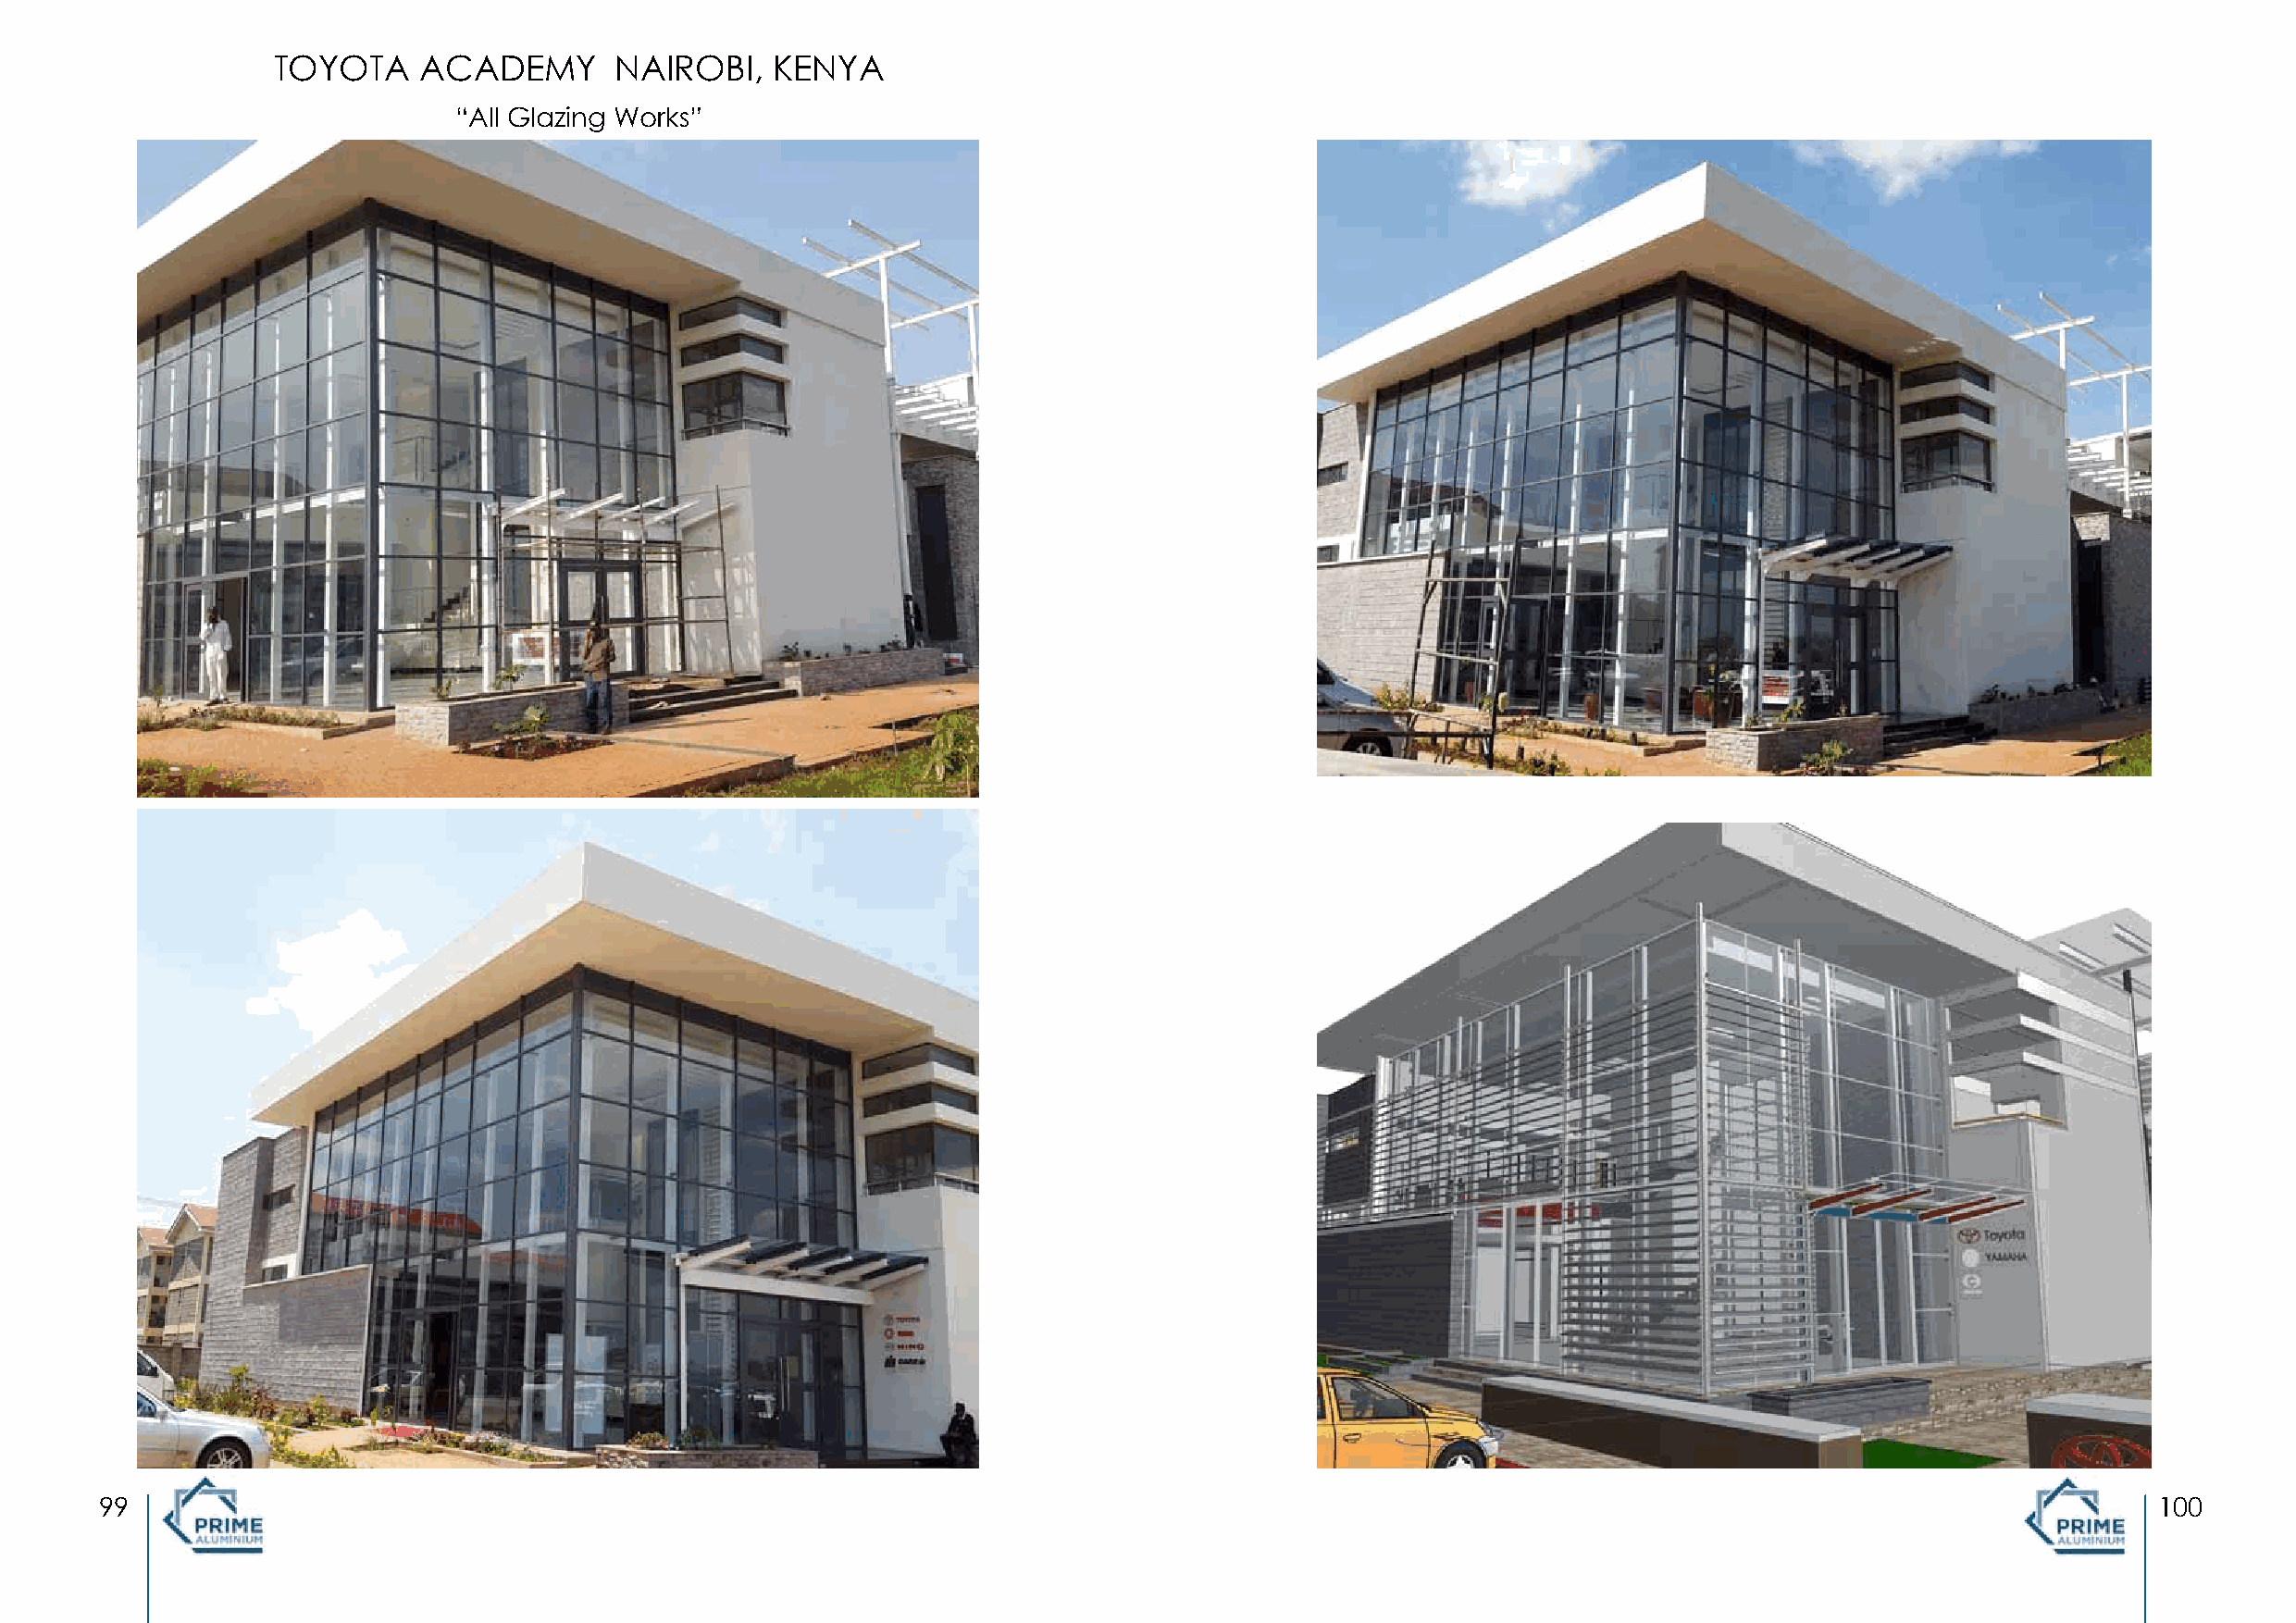
TOYOTA    ACADEMY       NAIROBI,   KENYA
 “All Glazing Works”
 99                                                                                                                                                 100